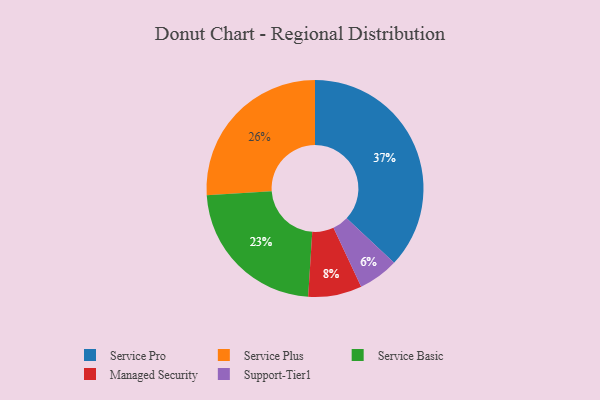
{"axis": {"x": "Category", "y": "Percentage"}, "legend": ["Managed Security", "Service Basic", "Service Plus", "Service Pro", "Support-Tier1"], "data": [{"x": "Service Basic", "y": 23, "type": "Service Basic"}, {"x": "Managed Security", "y": 8, "type": "Managed Security"}, {"x": "Support-Tier1", "y": 6, "type": "Support-Tier1"}, {"x": "Service Pro", "y": 37, "type": "Service Pro"}, {"x": "Service Plus", "y": 26, "type": "Service Plus"}]}